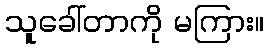
သူခေါ်တာကို မကြား။